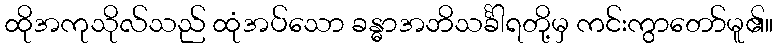
ထိုအကုသိုလ်သည် ထုံအပ်သော ခန္ဓာအဘိသင်္ခါရတို့မှ ကင်းကွာတော်မူ၏။